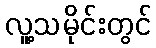
လူ့သမိုင်းတွင်